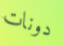
دونات